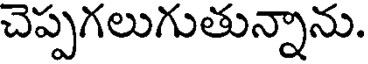
చెప్పగలుగుతున్నాను.